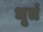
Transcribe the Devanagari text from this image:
धृतं